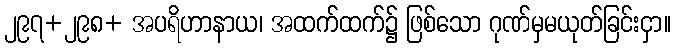
၂၉၇+၂၉၈+ အပရိဟာနာယ၊ အထက်ထက်၌ ဖြစ်သော ဂုဏ်မှမယုတ်ခြင်းငှာ။